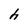
Character: h